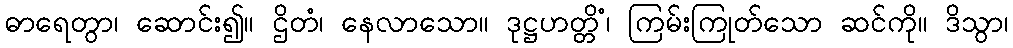
ဓာရေတွာ၊ ဆောင်း၍။ ဌိတံ၊ နေလာသော။ ဒုဋ္ဌဟတ္တိံ၊ ကြမ်းကြုတ်သော ဆင်ကို။ ဒိသွာ၊